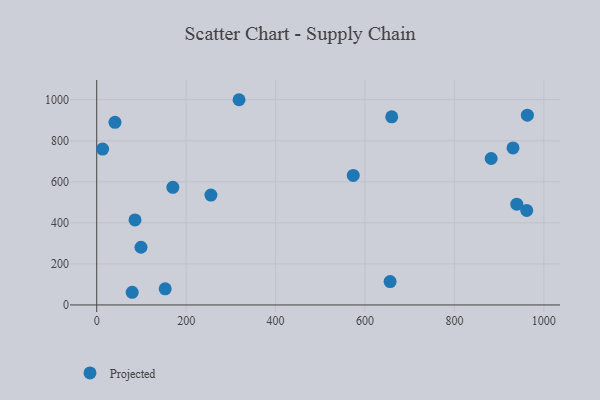
{"axis": {"x": "Investment", "y": "Exam Score"}, "legend": ["Projected"], "data": [{"x": "573.8", "y": 631.1, "type": "Projected"}, {"x": "79.3", "y": 61.7, "type": "Projected"}, {"x": "939.5", "y": 491.1, "type": "Projected"}, {"x": "659.8", "y": 916.6, "type": "Projected"}, {"x": "170.3", "y": 572.8, "type": "Projected"}, {"x": "656.2", "y": 113.7, "type": "Projected"}, {"x": "963.2", "y": 924.5, "type": "Projected"}, {"x": "85.6", "y": 414.3, "type": "Projected"}, {"x": "40.8", "y": 889.7, "type": "Projected"}, {"x": "153.1", "y": 78.4, "type": "Projected"}, {"x": "255.4", "y": 535.4, "type": "Projected"}, {"x": "13.2", "y": 759.1, "type": "Projected"}, {"x": "931.1", "y": 764.9, "type": "Projected"}, {"x": "318.3", "y": 999.7, "type": "Projected"}, {"x": "99.0", "y": 281.0, "type": "Projected"}, {"x": "961.7", "y": 460.5, "type": "Projected"}, {"x": "882.2", "y": 713.4, "type": "Projected"}]}